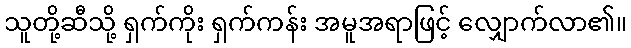
သူတို့ဆီသို့ ရှက်ကိုး ရှက်ကန်း အမူအရာဖြင့် လျှောက်လာ၏။